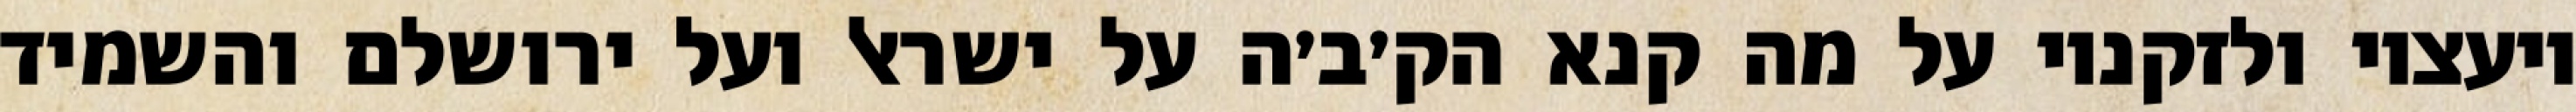
יועציו ולזקניו על מה קנא הק׳ב׳ה על ישראל ועל ירושלם והשמיד